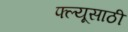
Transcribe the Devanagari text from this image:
फ्ल्यूसाठी